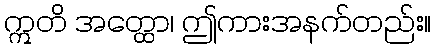
ဣတိ အတ္ထော၊ ဤကားအနက်တည်း။